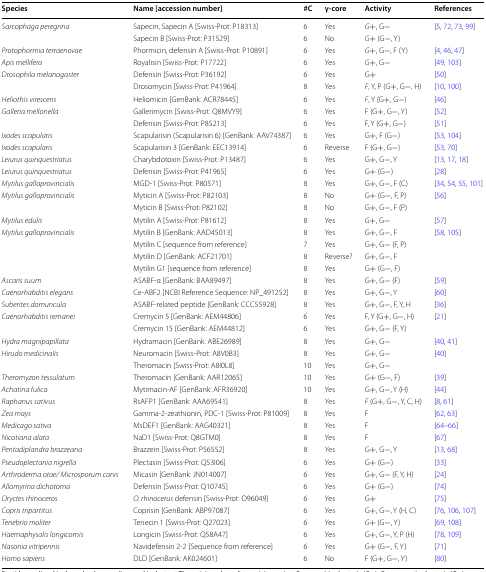
<table><thead><tr><td><b>Species</b></td><td><b>Name [accession number]</b></td><td><b>#C</b></td><td><b>γ-core</b></td><td><b>Activity</b></td><td><b>References</b></td></tr></thead><tbody><tr><td rowspan="2"><i>Sarcophaga peregrina</i></td><td>Sapecin, Sapecin A [Swiss-Prot: P18313]</td><td>6</td><td>Yes</td><td><i>G+</i>, G−</td><td rowspan="2">[5, 72, 73, 99]</td></tr><tr><td>Sapecin B [Swiss-Prot: P31529]</td><td>6</td><td>No</td><td><i>G+</i> (G−, Y)</td></tr><tr><td><i>Protophormia terraenovae</i></td><td>Phormicin, defensin A [Swiss-Prot: P10891]</td><td>6</td><td>Yes</td><td><i>G+</i>, G−, F (Y)</td><td>[4, 46, 47]</td></tr><tr><td><i>Apis mellifera</i></td><td>Royalisin [Swiss-Prot: P17722]</td><td>6</td><td>Yes</td><td><i>G+</i>, G−</td><td>[49, 103]</td></tr><tr><td rowspan="2"><i>Drosophila melanogaster</i></td><td>Defensin [Swiss-Prot: P36192]</td><td>6</td><td>Yes</td><td>G+</td><td>[50]</td></tr><tr><td>Drosomycin [Swiss-Prot: P41964]</td><td>8</td><td>Yes</td><td><i>F</i>, Y, P (G+, G−, H)</td><td>[10, 100]</td></tr><tr><td><i>Heliothis virescens</i></td><td>Heliomicin [GenBank: ACR78445]</td><td>6</td><td>Yes</td><td><i>F</i>, Y (G+, G−)</td><td>[46]</td></tr><tr><td rowspan="2"><i>Galleria mellonella</i></td><td>Gallerimycin [Swiss-Prot: Q8MVY9]</td><td>6</td><td>Yes</td><td>F (G+, G−, Y)</td><td>[52]</td></tr><tr><td>Defensin [Swiss-Prot: P85213]</td><td>6</td><td>Yes</td><td>F, Y (G+, G−)</td><td>[51]</td></tr><tr><td><i>Ixodes scapularis</i></td><td>Scapularisin (Scapularisin 6) [GenBank: AAV74387]</td><td>6</td><td>Yes</td><td>G+, F (G−)</td><td>[53, 104]</td></tr><tr><td><i>Ixodes scapularis</i></td><td>Scapularisin 3 [GenBank: EEC13914]</td><td>6</td><td>Reverse</td><td>F (G+, G−)</td><td>[53, 70]</td></tr><tr><td><i>Leiurus quinquestriatus</i></td><td>Charybdotoxin [Swiss-Prot: P13487]</td><td>6</td><td>Yes</td><td>G+, G−, Y</td><td>[13, 17, 18]</td></tr><tr><td><i>Leiurus quinquestriatus</i></td><td>Defensin [Swiss-Prot: P41965]</td><td>6</td><td>Yes</td><td>G+ (G−)</td><td>[28]</td></tr><tr><td><i>Mytilus galloprovincialis</i></td><td>MGD-1 [Swiss-Prot: P80571]</td><td>8</td><td>Yes</td><td>G+, G−, F (C)</td><td>[34, 54, 55, 101]</td></tr><tr><td rowspan="2"><i>Mytilus galloprovincialis</i></td><td>Myticin A [Swiss-Prot: P82103]</td><td>8</td><td>No</td><td>G+ (G−, F, P)</td><td rowspan="2">[56]</td></tr><tr><td>Myticin B [Swiss-Prot: P82102]</td><td>8</td><td>No</td><td>G+, G−, F (P)</td></tr><tr><td><i>Mytilus edulis</i></td><td>Mytilin A [Swiss-Prot: P81612]</td><td>8</td><td>Yes</td><td><i>G+</i>, G−</td><td>[57]</td></tr><tr><td rowspan="4"><i>Mytilus galloprovincialis</i></td><td>Mytilin B [GenBank: AAD45013]</td><td>8</td><td>Yes</td><td>G+, G−, F</td><td rowspan="4">[58, 105]</td></tr><tr><td>Mytilin C [sequence from reference]</td><td>7</td><td>Yes</td><td>G+, G− (F, P)</td></tr><tr><td>Mytilin D [GenBank: ACF21701]</td><td>8</td><td>Reverse?</td><td>G+, G−, F</td></tr><tr><td>Mytilin G1 [sequence from reference]</td><td>8</td><td>Yes</td><td>G+ (G−, F)</td></tr><tr><td><i>Ascaris suum</i></td><td>ASABF-α [GenBank: BAA89497]</td><td>8</td><td>Yes</td><td>G+, G− (F)</td><td>[59]</td></tr><tr><td><i>Caenorhabditis elegans</i></td><td>Ce-ABF2 [NCBI Reference Sequence: NP_491252]</td><td>8</td><td>Yes</td><td>G+, G−, Y</td><td>[60]</td></tr><tr><td><i>Suberites domuncula</i></td><td>ASABF-related peptide [GenBank: CCC55928]</td><td>8</td><td>Yes</td><td>G+, G−, F, Y, H</td><td>[36]</td></tr><tr><td rowspan="2"><i>Caenorhabditis remanei</i></td><td>Cremycin 5 [GenBank: AEM44806]</td><td>6</td><td>Yes</td><td>F, Y (G+, G−, H)</td><td rowspan="2">[21]</td></tr><tr><td>Cremycin 15 [GenBank: AEM44812]</td><td>6</td><td>Yes</td><td>G+, G− (F, Y)</td></tr><tr><td><i>Hydra magnipapillata</i></td><td>Hydramacin [GenBank: ABE26989]</td><td>8</td><td>Yes</td><td>G+, G−</td><td>[40, 41]</td></tr><tr><td rowspan="2"><i>Hirudo medicinalis</i></td><td>Neuromacin [Swiss-Prot: A8V0B3]</td><td>8</td><td>Yes</td><td>G+, G−</td><td rowspan="2">[40]</td></tr><tr><td>Theromacin [Swiss-Prot: A8I0L8]</td><td>10</td><td>Yes</td><td>G+, G−</td></tr><tr><td><i>Theromyzon tessulatum</i></td><td>Theromacin [GenBank: AAR12065]</td><td>10</td><td>Yes</td><td>G+ (G−, F)</td><td>[39]</td></tr><tr><td><i>Achatina fulica</i></td><td>Mytimacin-AF [GenBank: AFR36920]</td><td>10</td><td>Yes</td><td>G+, G−, Y (H)</td><td>[44]</td></tr><tr><td><i>Raphanus sativus</i></td><td>RsAFP1 [GenBank: AAA69541]</td><td>8</td><td>Yes</td><td><i>F</i> (G+, G−, Y, C, H)</td><td>[8, 61]</td></tr><tr><td><i>Zea mays</i></td><td>Gamma-2-zeathionin, PDC-1 [Swiss-Prot: P81009]</td><td>8</td><td>Yes</td><td>F</td><td>[62, 63]</td></tr><tr><td><i>Medicago sativa</i></td><td>MsDEF1 [GenBank: AAG40321]</td><td>8</td><td>Yes</td><td>F</td><td>[64–66]</td></tr><tr><td><i>Nicotiana alata</i></td><td>NaD1 [Swiss-Prot: Q8GTM0]</td><td>8</td><td>Yes</td><td>F</td><td>[67]</td></tr><tr><td><i>Pentadiplandra brazzeana</i></td><td>Brazzein [Swiss-Prot: P56552]</td><td>8</td><td>Yes</td><td>G+, G−, Y</td><td>[13, 68]</td></tr><tr><td><i>Pseudoplectania nigrella</i></td><td>Plectasin [Swiss-Prot: Q53I06]</td><td>6</td><td>Yes</td><td>G+ (G−)</td><td>[33]</td></tr><tr><td><i>Arthroderma otae/ Microsporum canis</i></td><td>Micasin [GenBank: JN014007]</td><td>6</td><td>Yes</td><td>G+, G− (F, Y, H)</td><td>[24]</td></tr><tr><td><i>Allomyrina dichotoma</i></td><td>Defensin [Swiss-Prot: Q10745]</td><td>6</td><td>Yes</td><td>G+ (G−)</td><td>[74]</td></tr><tr><td><i>Oryctes rhinoceros</i></td><td><i>O. rhinocerus</i> defensin [Swiss-Prot: O96049]</td><td>6</td><td>Yes</td><td>G+</td><td>[75]</td></tr><tr><td><i>Copris tripartitus</i></td><td>Coprisin [GenBank: ABP97087]</td><td>6</td><td>Yes</td><td>G+, G−, Y (H, C)</td><td>[76, 106, 107]</td></tr><tr><td><i>Tenebrio moliter</i></td><td>Tenecin 1 [Swiss-Prot: Q27023]</td><td>6</td><td>Yes</td><td><i>G+</i> (G−, Y)</td><td>[69, 108]</td></tr><tr><td><i>Haemaphysalis longicornis</i></td><td>Longicin [Swiss-Prot: Q58A47]</td><td>6</td><td>Yes</td><td>G+, G−, Y, P (H)</td><td>[78, 109]</td></tr><tr><td><i>Nasonia vitripennis</i></td><td>Navidefensin 2-2 [Sequence from reference]</td><td>6</td><td>Yes</td><td>G+ (G−, F, Y)</td><td>[71]</td></tr><tr><td><i>Homo sapiens</i></td><td>DLD [GenBank: AK024601]</td><td>6</td><td>No</td><td>F (G+, G−, Y)</td><td>[80]</td></tr></tbody></table>